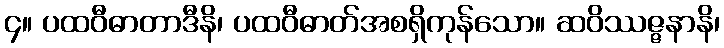
၄။ ပထဝီဓာတာဒီနိ၊ ပထဝီဓာတ်အစရှိကုန်သော။ ဆဝိဿဇ္ဇနာနိ၊